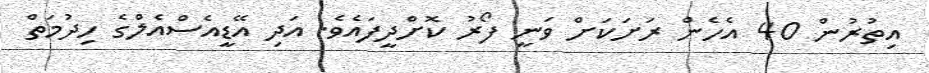
އިތުރުން 40 އެހެން ރަށަކަށް ވަނީ ފޯރު ކޮށްދީފައެވެ. އަދި އޭޑީއެސްއެލްގެ ހިދުމަތް